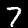
Digit: 7